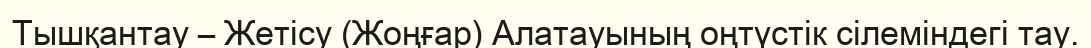
Тышқантау – Жетісу (Жоңғар) Алатауының оңтүстік сілеміндегі тау.